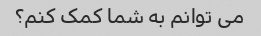
می توانم به شما کمک کنم؟